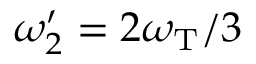
\omega _ { 2 } ^ { \prime } = 2 \omega _ { \mathrm { T } } / 3